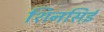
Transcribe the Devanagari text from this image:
शिनसिई